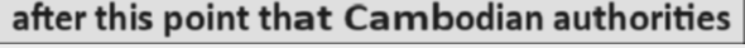
after this point that Cambodian authorities